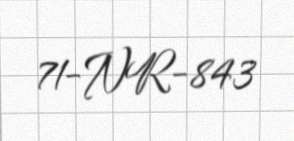
71-NR-843